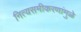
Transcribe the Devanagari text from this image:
नित्यसमीकरणांमुळे